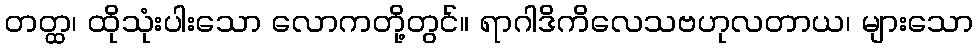
တတ္ထ၊ ထိုသုံးပါးသော လောကတို့တွင်။ ရာဂါဒိကိလေသဗဟုလတာယ၊ များသော